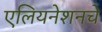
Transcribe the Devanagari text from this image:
एलियनेशनचे